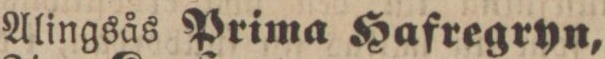
Alingsås Prima Hafregryn,